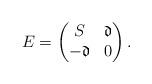
LaTeX: \begin{align*} E=\begin{pmatrix} S &\mathfrak{d}\\ -\mathfrak{d} &0 \end{pmatrix}. \end{align*}